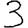
Digit: 3